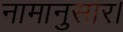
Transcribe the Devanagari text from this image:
नामानुसार।